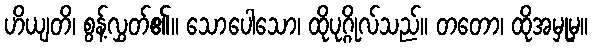
ဟိယျတိ၊ စွန့်လွှတ်၏။ သောပေါသော၊ ထိုပုဂ္ဂိုလ်သည်။ တတော၊ ထိုအမှုမှ။